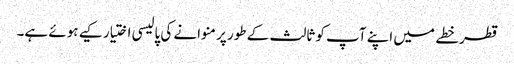
قطر خطے میں اپنے آپ کو ثالث کے طور پر منوانے کی پالیسی اختیار کیے ہوئے ہے۔